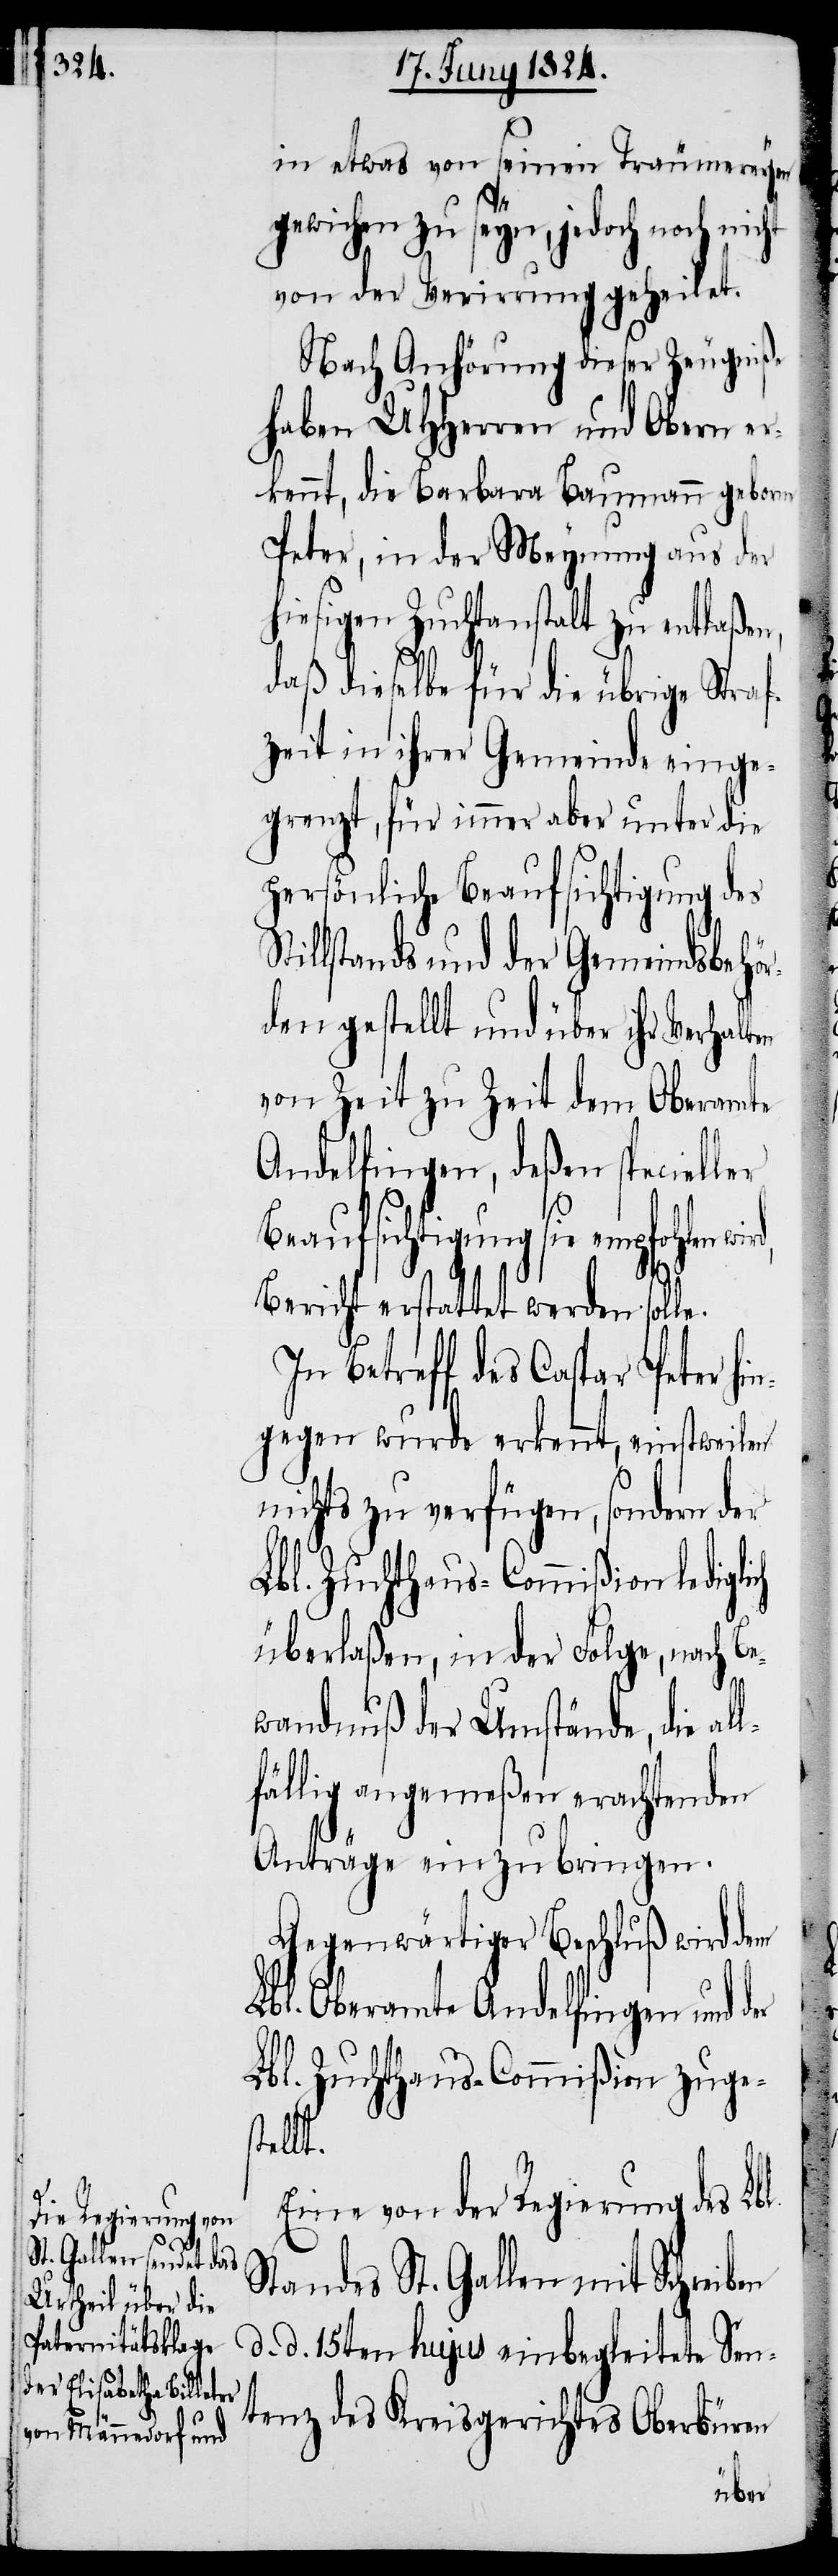
in etwas von seinen Traumereyen
gewichen zu seyn, jedoch noch nicht
von der Verirrung geheilet.
Nach Anhörung dieser Zeugniße
haben UHHerren und Obern er¬
kennt, Barbara Baumann geborne
Peter, in der Meynung aus der
hiesigen Zuchtanstalt zu entlaßen,
daß dieselbe für die übrige Straf¬
zeit in ihrer Gemeinde einge¬
grenzt, für immer aber unter die
persönliche Beaufsichtigung des
Stillstands und der Gemeindsbehör¬
den gestellt und über ihr Verhalten
von Zeit zu Zeit dem Oberamte
Andelfingen, deßen specieller
Beaufsichtigung sie empfohlen
ich
Bericht erstattet werden soll¬
In Betreff des Caspar Peter hi¬
ngegen wurde erkennt, einstweilen
nichts zu verfügen, sondern der
Lbl. Zuchthaus-Commißion ledigl¬
überlaßen, in der Folge, nach B¬
ewandnuß der Umstände, die al¬
lfällig angemeßen erachtenden
Anträge einzubringen.
Gegenwärtiger Beschluß wird dem
Lbl. Oberamte Andelfingen und
Lbl. Zuchthaus-Commißion zuges¬
tellt.
Eine von der Regierung des Lbl.
Standes St. Gallen mit Schreiben
d. d. 15ten hujus einbegleitete Sen¬
tenz des Kreisgerichtes Oberbüren